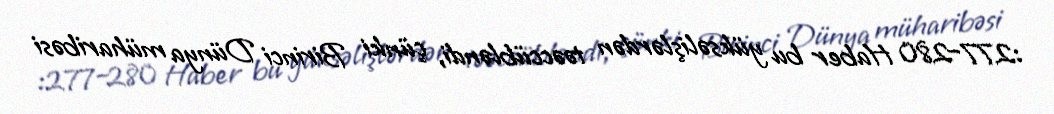
:277–280 Haber bu yüksəlişlərdən təəccübləndi, çünki Birinci Dünya müharibəsi